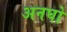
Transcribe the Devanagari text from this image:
अनघो